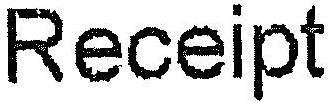
RECEIPT